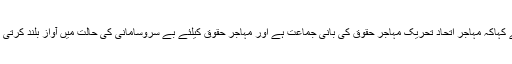
انہوں نے کہاکہ مہاجر اتحاد تحریک مہاجر حقوق کی بانی جماعت ہے اور مہاجر حقوق کیلئے بے سروسامانی کی حالت میں آواز بلند کرتی رہی ہے۔